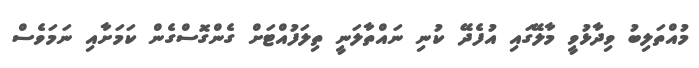
މުއްތަލިބު ވިދާޅުވީ މާލޭގައި އުފެދޭ ކުނި ނައްތާލަނީ ތިލަފުއްޓަށް ގެންގޮސްގެން ކަމަށާއި ނަމަވެސް